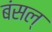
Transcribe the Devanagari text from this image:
बंसल्